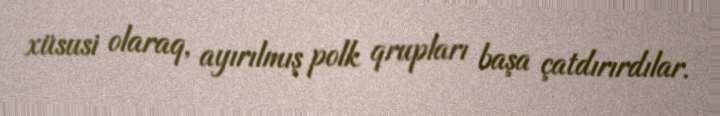
xüsusi olaraq, ayırılmış polk qrupları başa çatdırırdılar.